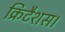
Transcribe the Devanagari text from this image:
क्रिटैशस।